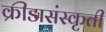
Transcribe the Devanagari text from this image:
क्रीडासंस्कृती